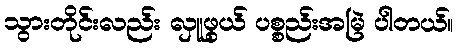
သွားတိုင်းလည်း လှူဖွယ် ပစ္စည်းအမြဲ ပါတယ်။